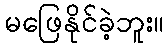
မဖြေနိုင်ခဲ့ဘူး။